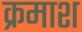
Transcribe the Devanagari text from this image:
क्रमाश